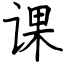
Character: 课